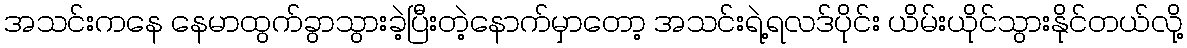
အသင်းကနေ နေမာထွက်ခွာသွားခဲ့ပြီးတဲ့နောက်မှာတော့ အသင်းရဲ့ရလဒ်ပိုင်း ယိမ်းယိုင်သွားနိုင်တယ်လို့